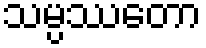
သမ္ပဿတော